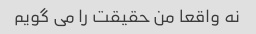
نه واقعا من حقیقت را می گویم